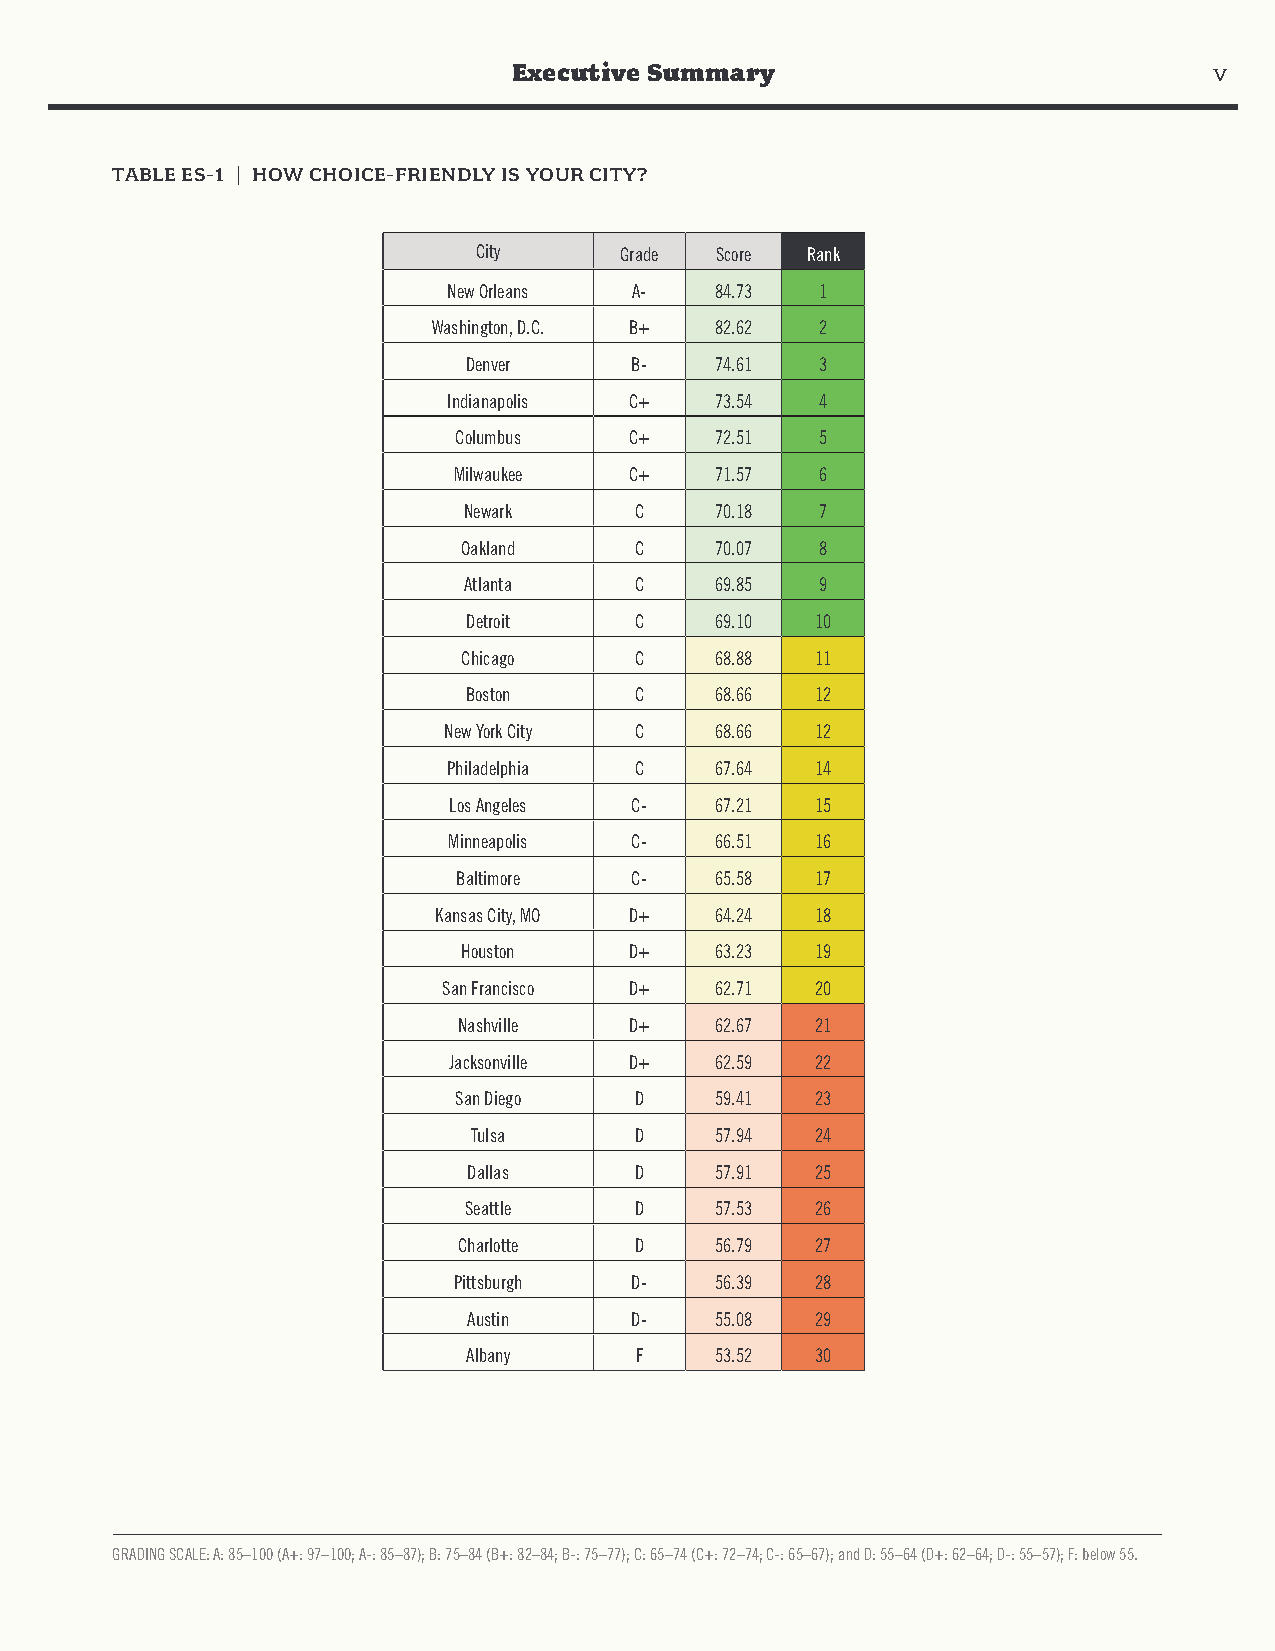
Executive Summary                             v
 TABLE ES-1 | HOW CHOICE-FRIENDLY IS YOUR CITY?
 City      Grade Score Rank
 New Orleans A-   84.73  1
 Washington, D.C. B+ 82.62 2
 Denver     B-   74.61  3
 Indianapolis C+  73.54  4
 Columbus    C+   72.51  5
 Milwaukee   C+   71.57  6
 Newark     C    70.18  7
 Oakland    C    70.07  8
 Atlanta    C    69.85  9
 Detroit    C    69.10  10
 Chicago    C    68.88  11
 Boston     C    68.66  12
 New York City C   68.66  12
 Philadelphia C   67.64  14
 Los Angeles C-   67.21  15
 Minneapolis C-   66.51  16
 Baltimore   C-   65.58  17
 Kansas City, MO D+ 64.24 18
 Houston    D+   63.23  19
 San Francisco D+  62.71  20
 Nashville   D+   62.67  21
 Jacksonville D+  62.59  22
 San Diego   D    59.41  23
 Tulsa      D    57.94  24
 Dallas     D    57.91  25
 Seattle    D    57.53  26
 Charlotte   D    56.79  27
 Pittsburgh  D-   56.39  28
 Austin     D-   55.08  29
 Albany     F    53.52  30
 GRADING SCALE: A: 85–100 (A+: 97–100; A-: 85–87); B: 75–84 (B+: 82–84; B-: 75–77); C: 65–74 (C+: 72–74; C-: 65–67); and D: 55–64 (D+: 62–64; D-: 55–57); F: below 55.